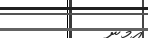
އމނ